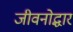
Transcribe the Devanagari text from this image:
जीवनोद्धार